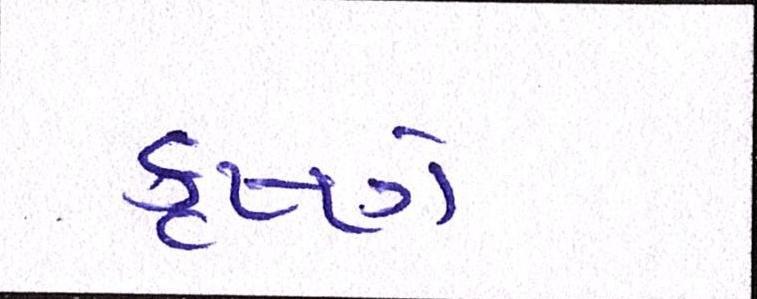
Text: કૃષ્ણે